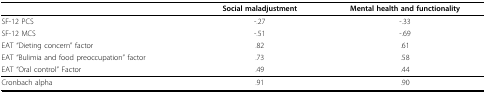
<table><thead><tr><td></td><td><b>Social maladjustment</b></td><td><b>Mental health and functionality</b></td></tr></thead><tbody><tr><td>SF-12 PCS</td><td>-.27</td><td>-.33</td></tr><tr><td>SF-12 MCS</td><td>-.51</td><td>-.69</td></tr><tr><td>EAT &quot;Dieting concern&quot; factor</td><td>.82</td><td>.61</td></tr><tr><td>EAT &quot;Bulimia and food preoccupation&quot; factor</td><td>.73</td><td>.58</td></tr><tr><td>EAT &quot;Oral control&quot; Factor</td><td>.49</td><td>.44</td></tr><tr><td>Cronbach alpha</td><td>.91</td><td>.90</td></tr></tbody></table>